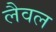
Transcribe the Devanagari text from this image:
लैवल